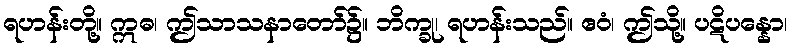
ရဟန်းတို့။ ဣဓ၊ ဤသာသနာတော်၌။ ဘိက္ခု၊ ရဟန်းသည်။ ဧဝံ၊ ဤသို့။ ပဋိပန္နော၊